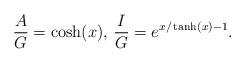
LaTeX: \begin{align*}\frac{A}{G} = \cosh(x),\, \frac{I}{G}= e^{x/\tanh (x) -1}. \end{align*}